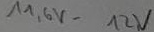
Text: 11,6V_12V